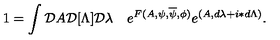
1 = \int { \cal D } A { \cal D } [ \Lambda ] { \cal D } \lambda \quad e ^ { F ( A , \psi , \overline { \psi } , \phi ) } e ^ { ( A , d \lambda + i \ast d \Lambda ) } .